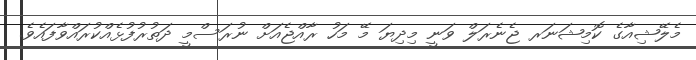
މެލޭޝިއާގެ ކޮމިޝަނަރ ޖެނެރަލް ވަނީ މިދިޔަ މޭ މަހު ރާއްޖެއަށް ނުރަސްމީ ދަތުރުފުޅެއްކުރައްވާފައެވެ.